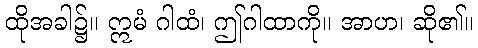
ထိုအခါ၌။ ဣမံ ဂါထံ၊ ဤဂါထာကို။ အာဟ၊ ဆို၏။